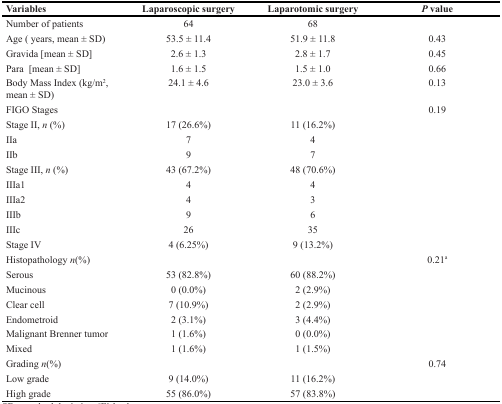
<table><thead><tr><td><b>Variables</b></td><td><b>Laparoscopic surgery</b></td><td><b>Laparotomic surgery</b></td><td><b><i>P</i> value</b></td></tr></thead><tbody><tr><td>Number of patients</td><td>64</td><td>68</td><td></td></tr><tr><td>Age ( years, mean ± SD)</td><td>53.5 ± 11.4</td><td>51.9 ± 11.8</td><td>0.43</td></tr><tr><td>Gravida [mean ± SD]</td><td>2.6 ± 1.3</td><td>2.8 ± 1.7</td><td>0.45</td></tr><tr><td>Para [mean ± SD]</td><td>1.6 ± 1.5</td><td>1.5 ± 1.0</td><td>0.66</td></tr><tr><td>Body Mass Index (kg/m<sup>2</sup>, mean ± SD)</td><td>24.1 ± 4.6</td><td>23.0 ± 3.6</td><td>0.13</td></tr><tr><td>FIGO Stages</td><td></td><td></td><td>0.19</td></tr><tr><td>Stage II, <i>n</i> (%)</td><td>17 (26.6%)</td><td>11 (16.2%)</td><td></td></tr><tr><td>IIa</td><td>7</td><td>4</td><td></td></tr><tr><td>IIb</td><td>9</td><td>7</td><td></td></tr><tr><td>Stage III, <i>n</i> (%)</td><td>43 (67.2%)</td><td>48 (70.6%)</td><td></td></tr><tr><td>IIIa1</td><td>4</td><td>4</td><td></td></tr><tr><td>IIIa2</td><td>4</td><td>3</td><td></td></tr><tr><td>IIIb</td><td>9</td><td>6</td><td></td></tr><tr><td>IIIc</td><td>26</td><td>35</td><td></td></tr><tr><td>Stage IV</td><td>4 (6.25%)</td><td>9 (13.2%)</td><td></td></tr><tr><td>Histopathology <i>n</i>(%)</td><td></td><td></td><td>0.21<sup>a</sup></td></tr><tr><td>Serous</td><td>53 (82.8%)</td><td>60 (88.2%)</td><td></td></tr><tr><td>Mucinous</td><td>0 (0.0%)</td><td>2 (2.9%)</td><td></td></tr><tr><td>Clear cell</td><td>7 (10.9%)</td><td>2 (2.9%)</td><td></td></tr><tr><td>Endometroid</td><td>2 (3.1%)</td><td>3 (4.4%)</td><td></td></tr><tr><td>Malignant Brenner tumor</td><td>1 (1.6%)</td><td>0 (0.0%)</td><td></td></tr><tr><td>Mixed</td><td>1 (1.6%)</td><td>1 (1.5%)</td><td></td></tr><tr><td>Grading <i>n</i>(%)</td><td></td><td></td><td>0.74</td></tr><tr><td>Low grade</td><td>9 (14.0%)</td><td>11 (16.2%)</td><td></td></tr><tr><td>High grade</td><td>55 (86.0%)</td><td>57 (83.8%)</td><td></td></tr></tbody></table>